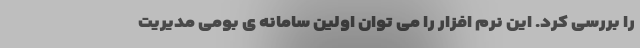
را بررسی کرد. این نرم افزار را می توان اولین سامانه ی بومی مدیریت